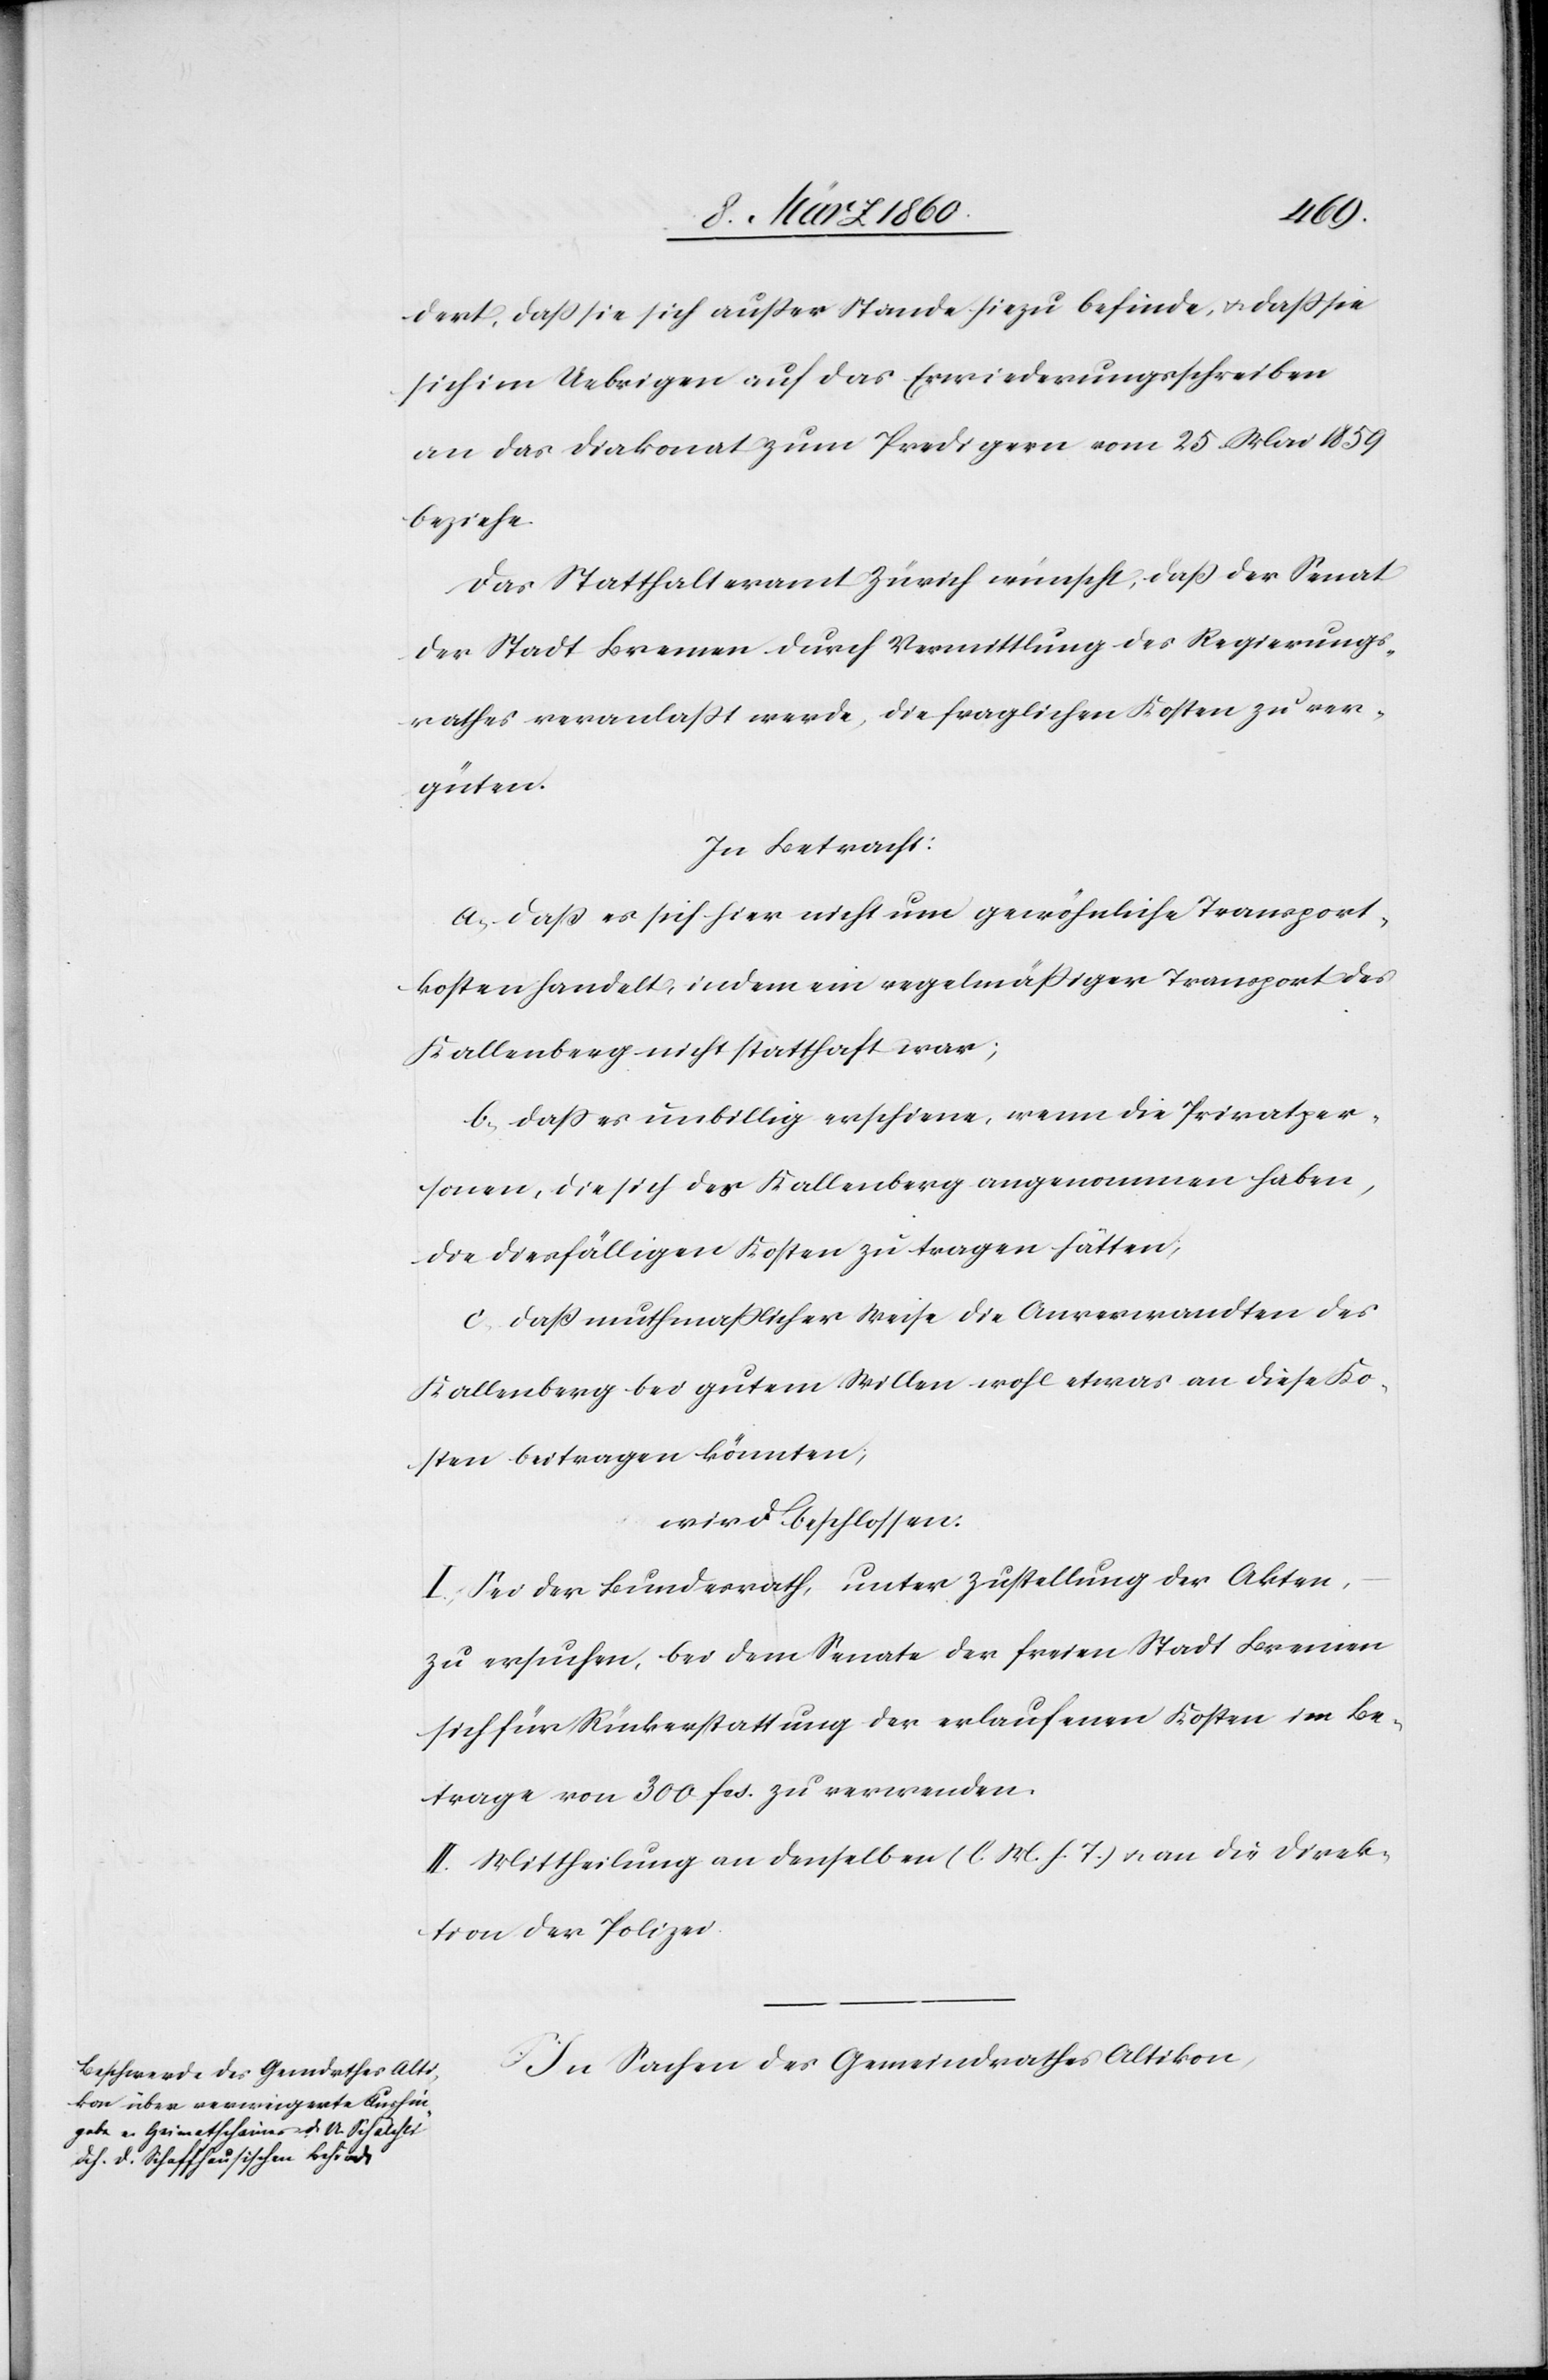
dert, dass sie sich ausser Stande hiezu befinde, u. dass sie
sich im Uebrigen auf das Erwiederungsschreiben
an das Diakonat zum Predigern vom 25. Mai 1859
beziehe.
Das Statthalteramt Zürich wünscht, dass der Senat
der Stadt Bremen durch Vermittlung des Regierungs¬
rathes veranlasst werde, die fraglichen Kosten zu ver¬
güten.
In Betracht:
a. dass es sich hier nicht um gewöhnliche Transport¬
kosten handelt, indem ein regelmässiger Transport des
Kallenberg nicht statthaft war;
b. dass es unbillig erscheine, wenn die Privatper¬
sonen, die sich des Kallenberg angenommen haben,
die diesfälligen Kosten zu tragen hätten;
c. dass muthmasslicher Weise die Anverwandten des
Kallenberg bei gutem Willen wohl etwas an diese Ko¬
sten beitragen könnten,
wird beschlossen:
I. Sei der Bundesrath, unter Zustellung der Akten,
zu ersuchen, bei dem Senate der freien Stadt Bremen
sich für Rückerstattung der erlaufenen Kosten im Be¬
trage von 300. fcs. zu verwenden.
II. Mittheilung an denselben [l. M. h. T] u. an die Direk¬
tion der Polizei.
In Sachen des Gemeindrathes Altikon,